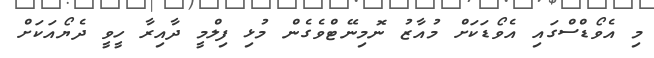
މި އެވޯޑްސްގައި އެވޯޑަކަށް މުއާޒު ނޮމިނޭޓްވެގެން މުޅި ފިލްމީ ދާއިރާ ހީވީ ދެޔޯއަކަށް